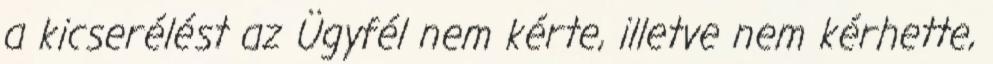
a kicserélést az Ügyfél nem kérte, illetve nem kérhette,